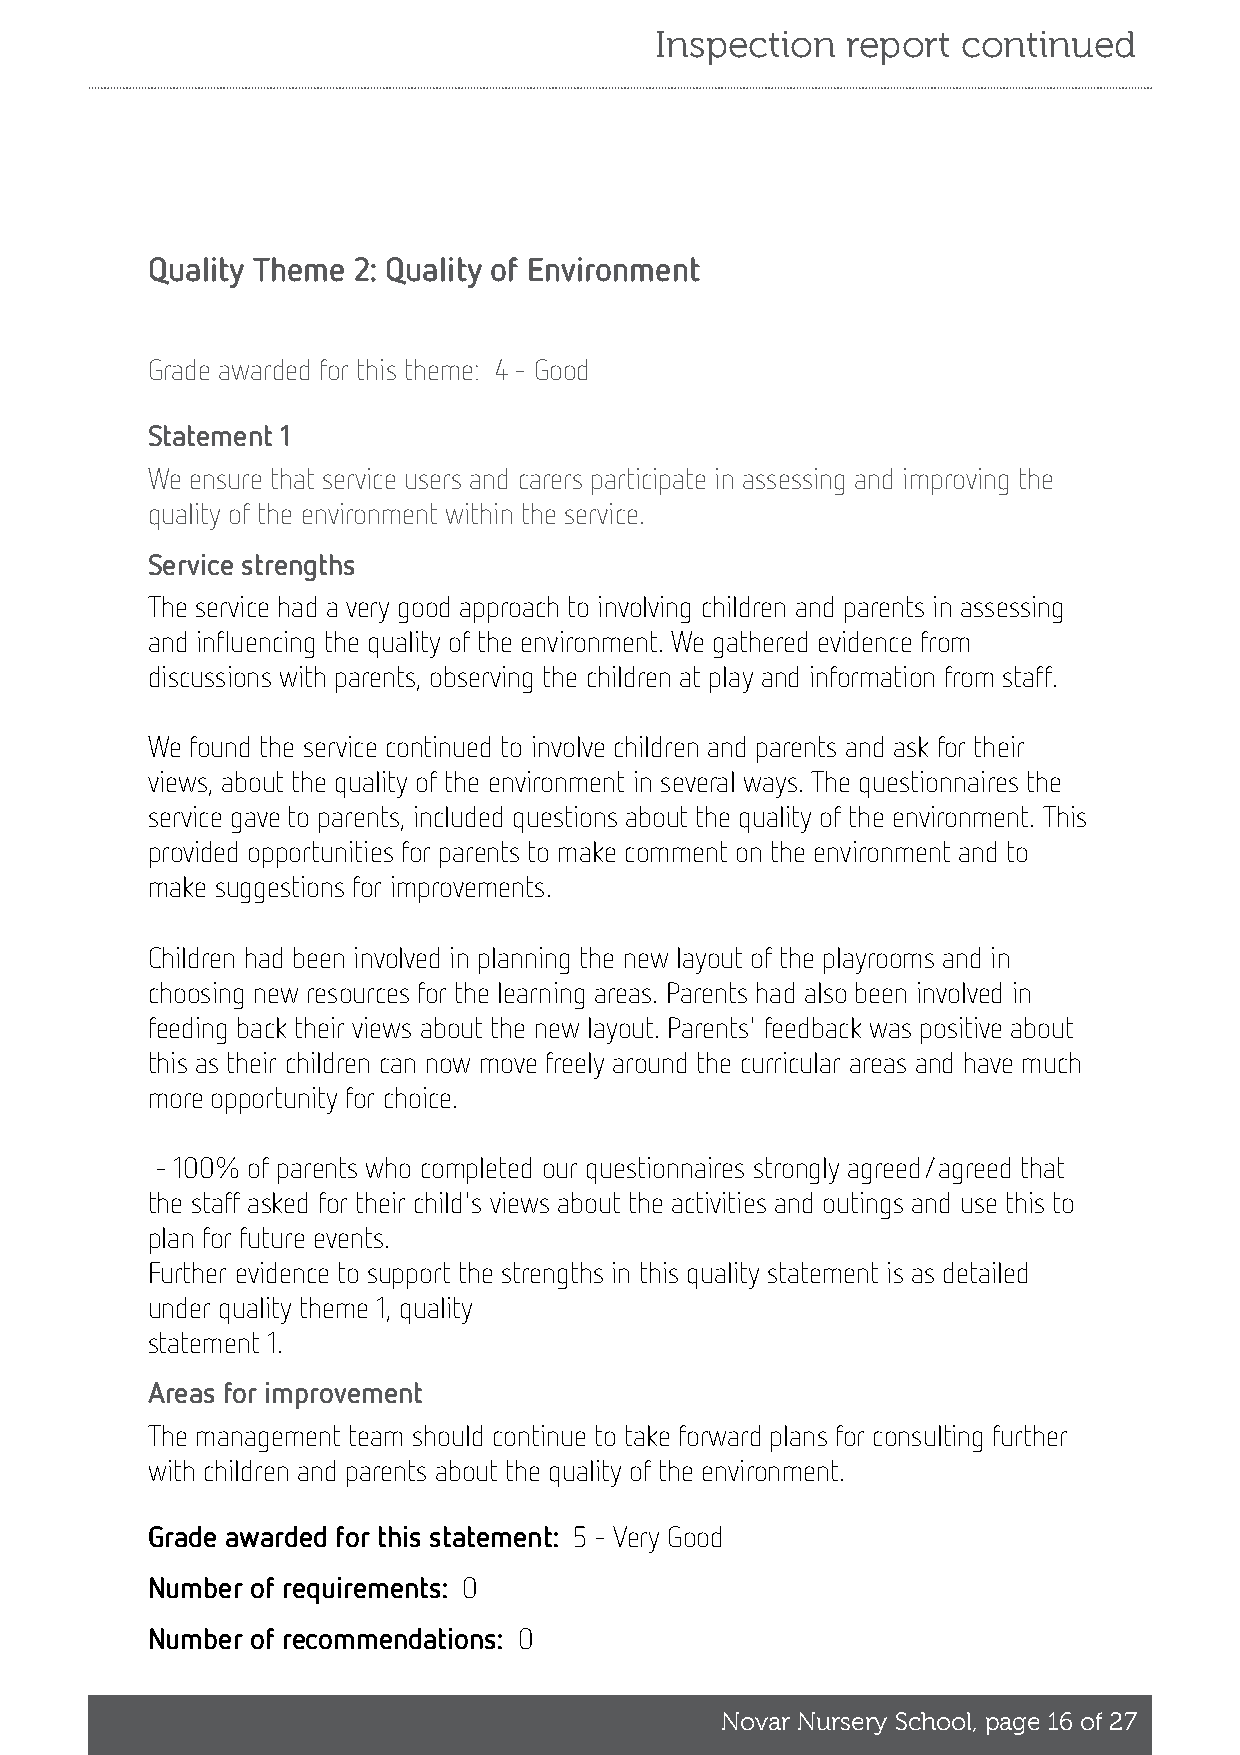
Inspection   report  continued
 Quality Theme 2: Quality of Environment
 Grade awarded for this theme: 4 - Good
 Statement 1
 We ensure that service users and carers participate in assessing and improving the
 quality of the environment within the service.
 Service strengths
 The service had a very good approach to involving children and parents in assessing
 and influencing the quality of the environment. We gathered evidence from
 discussions with parents, observing the children at play and information from staff.
 We found the service continued to involve children and parents and ask for their
 views, about the quality of the environment in several ways. The questionnaires the
 service gave to parents, included questions about the quality of the environment. This
 provided opportunities for parents to make comment on the environment and to
 make suggestions for improvements.
 Children had been involved in planning the new layout of the playrooms and in
 choosing new resources for the learning areas. Parents had also been involved in
 feeding back their views about the new layout. Parents' feedback was positive about
 this as their children can now move freely around the curricular areas and have much
 more opportunity for choice.
 - 100% of parents who completed our questionnaires strongly agreed/agreed that
 the staff asked for their child's views about the activities and outings and use this to
 plan for future events.
 Further evidence to support the strengths in this quality statement is as detailed
 under quality theme 1, quality
 statement 1.
 Areas for improvement
 The management team should continue to take forward plans for consulting further
 with children and parents about the quality of the environment.
 Grade awarded for this statement: 5 - Very Good
 Number of requirements: 0
 Number of recommendations: 0
 Novar Nursery School, page 16 of 27